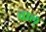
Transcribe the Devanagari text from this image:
वाल्